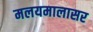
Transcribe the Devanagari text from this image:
मलयमालासर